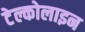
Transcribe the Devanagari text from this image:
टेल्कोलाइन